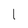
Character: 1